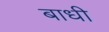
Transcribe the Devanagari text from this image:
बाधी